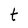
Character: t